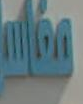
ماس